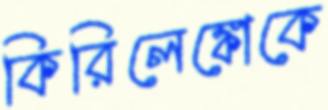
কিরিলেঙ্কোকে